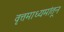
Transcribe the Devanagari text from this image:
वृत्तमाध्यमांतून